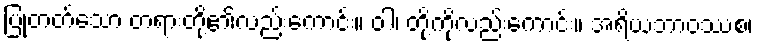
ပြုတတ်သော တရားတို့၏လည်းကောင်း။ ဝါ၊ တို့ကိုလည်းကောင်း။ အရိယဘာဝဿစ၊